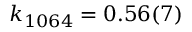
k _ { 1 0 6 4 } = 0 . 5 6 ( 7 )